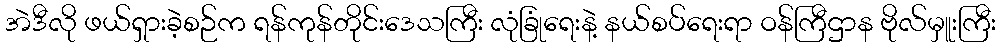
အဲဒီလို ဖယ်ရှားခဲ့စဉ်က ရန်ကုန်တိုင်းဒေသကြီး လုံခြုံရေးနဲ့ နယ်စပ်ရေးရာ ဝန်ကြီဌာန ဗိုလ်မှူးကြီး